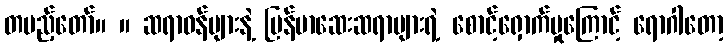
တပည့်တော်။ ။ ဆရာဝန်များနဲ့ မြန်မာဆေးဆရာများရဲ့ စောင့်ရှောက်မှုကြောင့် ရောဂါတော့